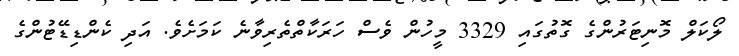
ލޯކަލް މޮނިޓަރުންގެ ގޮތުގައި 3329 މީހުން ވެސް ހަރަކާތްތެރިވާނެ ކަަމަށެވެ. އަދި ކެންޑިޑޭޓުންގެ